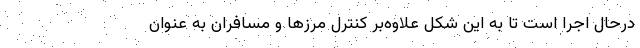
درحال اجرا است تا به این شکل علاوه‌بر کنترل مرزها و مسافران به عنوان